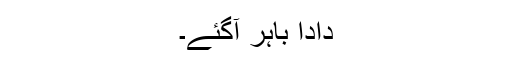
دادا باہر آگئے۔